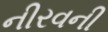
નીરવની